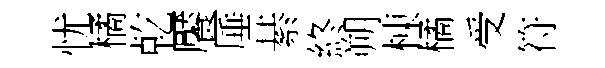
忧橘乾饜厜綦終朔棟橘受符